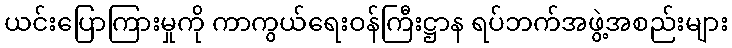
ယင်းပြောကြားမှုကို ကာကွယ်ရေးဝန်ကြီးဋ္ဌာန ရပ်ဘက်အဖွဲ့အစည်းများ